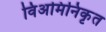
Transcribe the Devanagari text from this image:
विअमिनिकृत